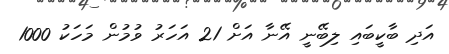
އަދި ބާކީބައި ލިބޭނީ އޭނާ އަށް 21 އަހަރު ވުމުން މަހަކު 1000